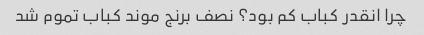
چرا انقدر کباب کم بود؟ نصف برنج موند کباب تموم شد